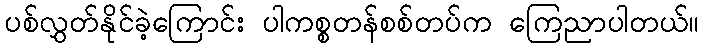
ပစ်လွှတ်နိုင်ခဲ့ကြောင်း ပါကစ္စတန်စစ်တပ်က ကြေညာပါတယ်။